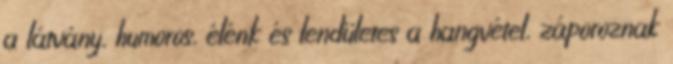
a látvány, humoros, élénk és lendületes a hangvétel, záporoznak